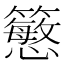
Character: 𥵴